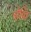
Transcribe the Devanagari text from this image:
ट्रोफि